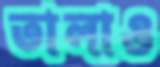
তালাও